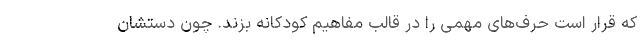
که قرار است حرف‌های مهمی را در قالب مفاهیم کودکانه بزند. چون دستشان